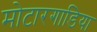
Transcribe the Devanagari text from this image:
मोटारगाडिया